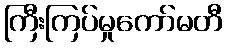
ကြီးကြပ်မှုကော်မတီ